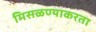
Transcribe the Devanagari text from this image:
मिसळण्याकरता